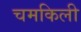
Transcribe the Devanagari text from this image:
चमकिली